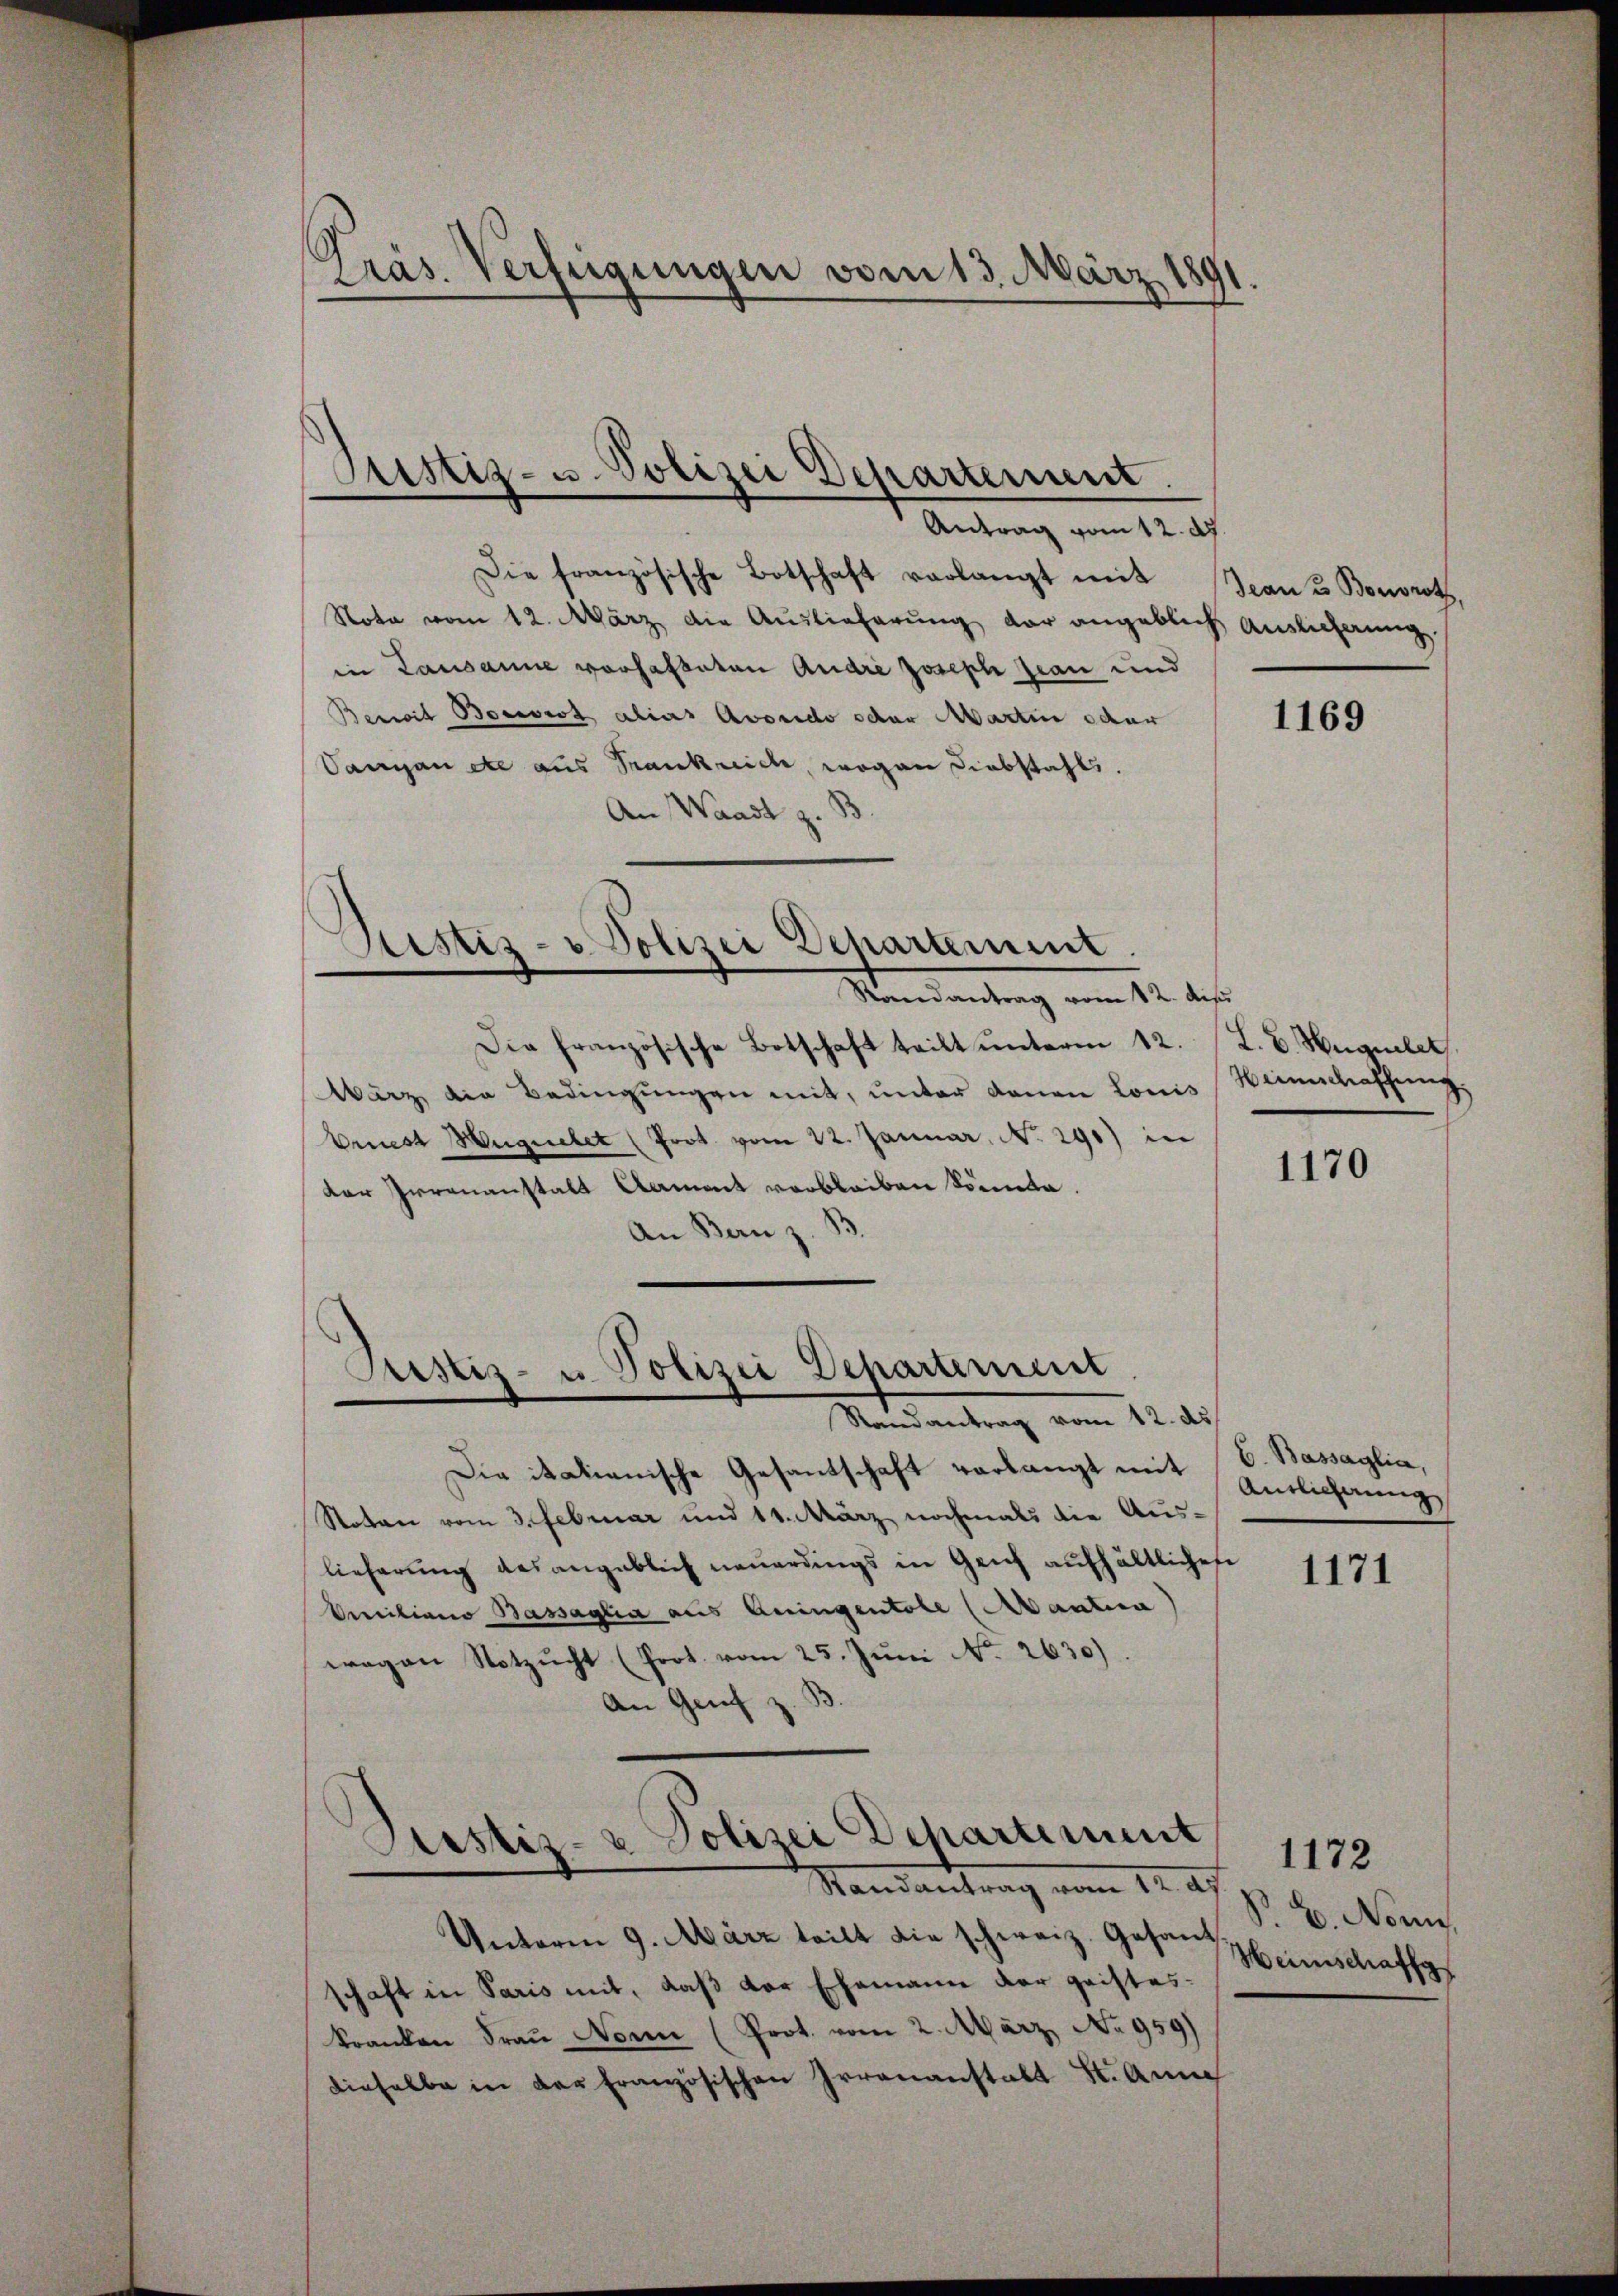
Präs. Verfügungen vom 13. März 181

Justiz- u. Polizei Departement.
Antrag vom 12. d

Die französische Botschaft verlangt mit
Nota vom 12. März die Auslieferŭng der angeblich Auslieferung
in Lausanne vorhafteten Andre Joseph Jean und
Benoit Beist alias Avoncco oder Martin oder
Varian etc aus Frankreich, wogen Diebstahls.
An Waadt z.
Ristiz- u. Polizei Departement.
Mandantung vom 11. des
Die französische Botschaft tritt unterm 12. L. B. Hugeler.
Wärz die Bedingungen mit, unter denen Louis Weinschaffung
Eriest Huguelet (Prot. vom 22. Januar, N. 290) in
dar Irrenanstalt Nament verbleiben könnte.
.
An Bern z

Justiz- u Polizei Departement
Randantrag vom 12. ds

Piustiz- & Polizei Departement
.
Randantrag vom 12. af

Die italienische Gesandschaft verlangt mit 6. Bassaglia,
Stoton vom 3. Februar und 11. März nochmals die Aus-
lieferung des angeblich neuerdings in Genf aufhältliches
Omiliano Bassaglia aus Aningentole (Mantia
wegen Notzucht (Prot. vom 25. Juni No 2630).
An Genf
S

Unterm 9. März teilt die schweiz. Gesant einschaff
schaft in Paris mit, daß der Ehemann der geisteskranken Frau Nonn (Prot. vom 2. März, No 959)
dinhalbe in der Französischen Irrenanstalt St. Anna

Jean 3 Bonroth

1169

1170

Antlicherung

1171

R. B. Nonn

1172